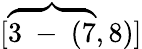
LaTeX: [\overbrace{3\mathrm{~-~}(7},8)]